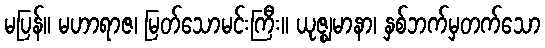
မပြန်။ မဟာရာဇ၊ မြတ်သောမင်းကြီး။ ယုဇ္ဈမာနာ၊ နှစ်ဘက်မှတက်သော